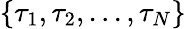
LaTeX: \{ \tau_{1},\tau_{2},...,\tau_{N}\}